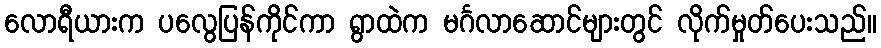
လောရီယားက ပလွေပြန်ကိုင်ကာ ရွာထဲက မင်္ဂလာဆောင်များတွင် လိုက်မှုတ်ပေးသည်။